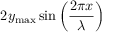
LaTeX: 2 y _ { \mathrm { m a x } } \sin \left( { \frac { 2 \pi x } { \lambda } } \right)